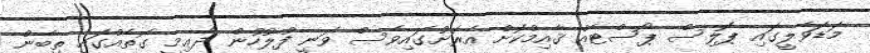
މަޑަވެލީގައި ޕޮލިސް ޕޯސްޓެއް ޤާއިމްކޮށް އެރަށުގައިވެސް ވަނީ ފުލުހުން ދާޢިމީ ގޮތެއްގައި ތިބެން